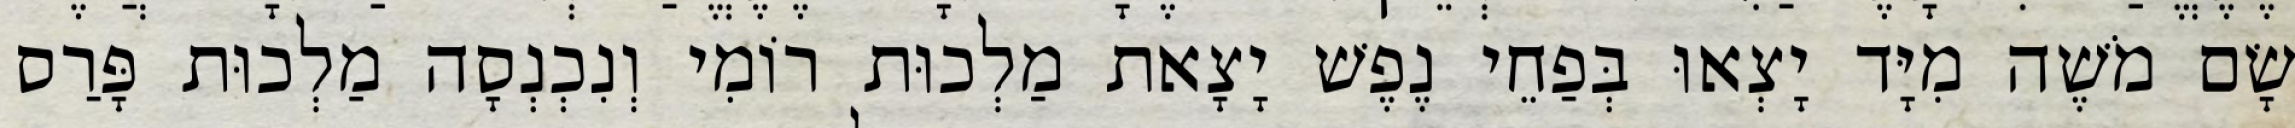
שָׂם מֹשֶׁה מִיָּד יָצְאוּ בְּפַחֵי נֶפֶשׁ יָצָאת מַלְכוּת רוֹמִי וְנִכְנְסָה מַלְכוּת פָּרַס